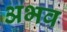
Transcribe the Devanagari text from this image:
अभव